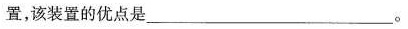
置，该装置的优点是___。